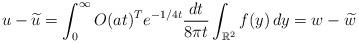
LaTeX: \begin{align*}u-\widetilde u=\int_0^\infty O(at)^T e^{-1/4t}\frac{dt}{8\pi t}\int_{\mathbb R^2}f(y)\, dy=w-\widetilde w\end{align*}